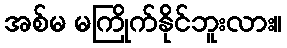
အစ်မ မကြိုက်နိုင်ဘူးလား။